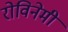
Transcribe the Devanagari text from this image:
रोविनेमी